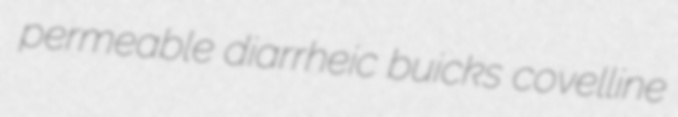
permeable diarrheic buicks covelline